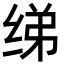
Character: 绨